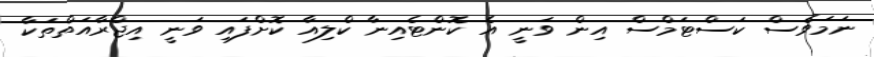
ނަމަވެސް ކަސްޓަމްސް އިން ވަނީ އެ ކޮންޓެއިނާ ކްލިއާ ކޮށްފައި ވަނީ އިޖްރާއަތްތަކާ